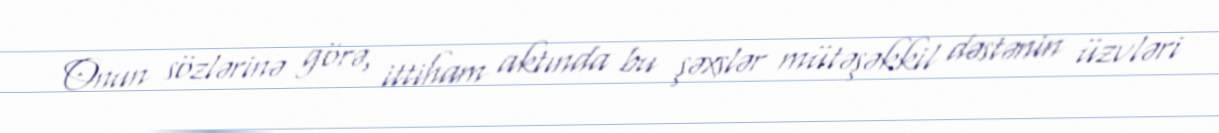
Onun sözlərinə görə, ittiham aktında bu şəxslər mütəşəkkil dəstənin üzvləri